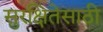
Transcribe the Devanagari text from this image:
सुरक्षितेसाठी